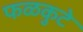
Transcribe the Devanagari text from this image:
फळकुटे